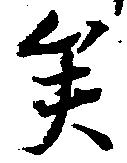
矣